Senior Leaving Certificate Examination (including Day School Certificate (Higher) General paper), 1950
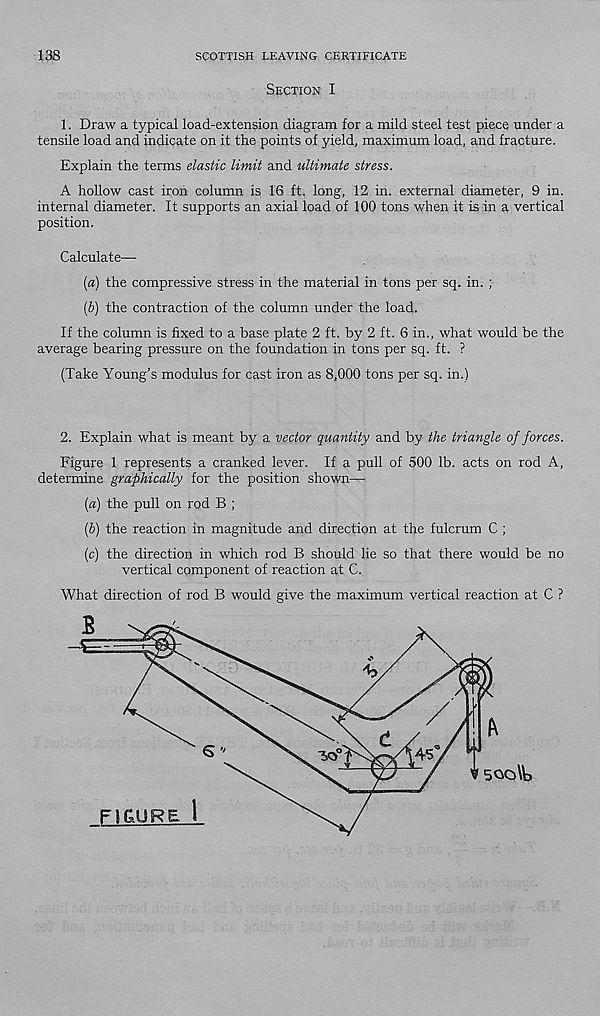
138
SCOTTISH LEAVING CERTIFICATE
Section I
1. Draw a typical load-extension diagram for a mild steel test piece under a
tensile load and indicate on it the points of yield, maximum load, and fracture.
Explain the terms elastic limit and ultimate stress.
A hollow cast iron column is 16 ft. long, 12 in. external diameter, 9 in.
internal diameter. It supports an axial load of 100 tons when it is in a vertical
position.
Calculate—
(a) the compressive stress in the material in tons per sq. in. ;
(J) the contraction of the column under the load.
If the column is fixed to a base plate 2 ft. by 2 ft. 6 in., what would be the
average bearing pressure on the foundation in tons per sq. ft. ?
(Take Young’s modulus for cast iron as 8,000 tons per sq. in.)
2. Explain what is meant by a vector quantity and by the triangle of forces.
Figure 1 represents a cranked lever. If a pull of 500 lb. acts on rod A,
determine graphically for the position shown—•
[a) the pull on rod B ;
{b) the reaction in magnitude and direction at the fulcrum C ;
(c) the direction in which rod B should lie so that there would be no
vertical component of reaction at C.
What direction of rod B would give the maximum vertical reaction at C ?
B
'h
t
45
AO
V 5QO\b
FtfcURE 1